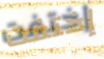
إختفت